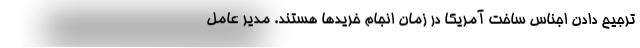
ترجیح دادن اجناس ساخت آمریکا در زمان انجام خریدها هستند. مدیر عامل